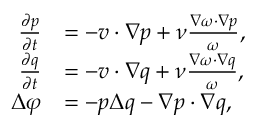
\begin{array} { r l } { \frac { \partial p } { \partial t } } & { = - \boldsymbol { v } \cdot \nabla p + \nu \frac { \nabla \omega \cdot \nabla p } { \omega } , } \\ { \frac { \partial q } { \partial t } } & { = - \boldsymbol { v } \cdot \nabla q + \nu \frac { \nabla \omega \cdot \nabla q } { \omega } , } \\ { \Delta \varphi } & { = - p \Delta q - \nabla p \cdot \nabla q , } \end{array}